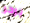
برجر